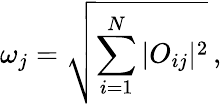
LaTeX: \omega_{j}=\sqrt{\sum_{i=1}^{N}|O_{ij}|^{2}}\, ,